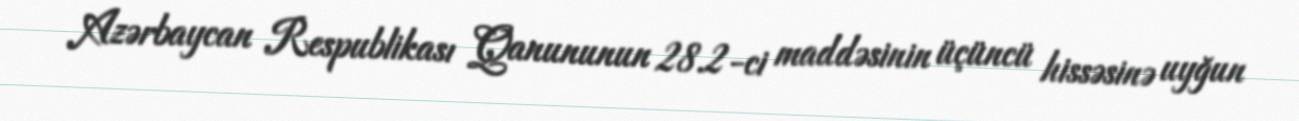
Azərbaycan Respublikası Qanununun 28.2-ci maddəsinin üçüncü hissəsinə uyğun